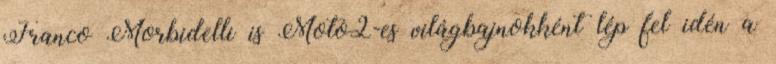
Franco Morbidelli is Moto2-es világbajnokként lép fel idén a